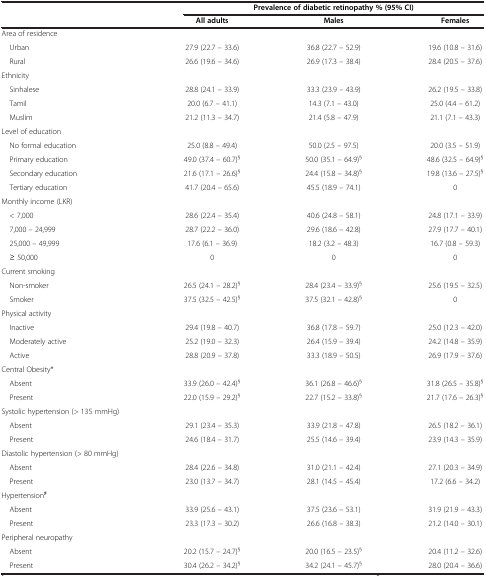
<table><thead><tr><td><b> </b></td><td colspan="3"><b>Prevalence of diabetic retinopathy % (95% CI)</b></td></tr><tr><td><b> </b></td><td><b>All adults</b></td><td><b>Males</b></td><td><b>Females</b></td></tr></thead><tbody><tr><td>Area of residence</td><td> </td><td> </td><td> </td></tr><tr><td> Urban</td><td>27.9 (22.7 – 33.6)</td><td>36.8 (22.7 – 52.9)</td><td>19.6 (10.8 – 31.6)</td></tr><tr><td> Rural</td><td>26.6 (19.6 – 34.6)</td><td>26.9 (17.3 – 38.4)</td><td>28.4 (20.5 – 37.6)</td></tr><tr><td>Ethnicity</td><td> </td><td> </td><td> </td></tr><tr><td> Sinhalese</td><td>28.8 (24.1 – 33.9)</td><td>33.3 (23.9 – 43.9)</td><td>26.2 (19.5 – 33.8)</td></tr><tr><td> Tamil</td><td>20.0 (6.7 – 41.1)</td><td>14.3 (7.1 – 43.0)</td><td>25.0 (4.4 – 61.2)</td></tr><tr><td> Muslim</td><td>21.2 (11.3 – 34.7)</td><td>21.4 (5.8 – 47.9)</td><td>21.1 (7.1 – 43.3)</td></tr><tr><td>Level of education</td><td> </td><td> </td><td> </td></tr><tr><td> No formal education</td><td>25.0 (8.8 – 49.4)</td><td>50.0 (2.5 – 97.5)</td><td>20.0 (3.5 – 51.9)</td></tr><tr><td> Primary education</td><td>49.0 (37.4 – 60.7)<sup>§</sup></td><td>50.0 (35.1 – 64.9)<sup>§</sup></td><td>48.6 (32.5 – 64.9)<sup>§</sup></td></tr><tr><td> Secondary education</td><td>21.6 (17.1 – 26.6)<sup>§</sup></td><td>24.4 (15.8 – 34.8)<sup>§</sup></td><td>19.8 (13.6 – 27.5)<sup>§</sup></td></tr><tr><td> Tertiary education</td><td>41.7 (20.4 – 65.6)</td><td>45.5 (18.9 – 74.1)</td><td>0</td></tr><tr><td>Monthly income (LKR)</td><td> </td><td> </td><td> </td></tr><tr><td> &lt; 7,000</td><td>28.6 (22.4 – 35.4)</td><td>40.6 (24.8 – 58.1)</td><td>24.8 (17.1 – 33.9)</td></tr><tr><td> 7,000 – 24,999</td><td>28.7 (22.2 – 36.0)</td><td>29.6 (18.6 – 42.8)</td><td>27.9 (17.7 – 40.1)</td></tr><tr><td> 25,000 – 49,999</td><td>17.6 (6.1 – 36.9)</td><td>18.2 (3.2 – 48.3)</td><td>16.7 (0.8 – 59.3)</td></tr><tr><td> ≥ 50,000</td><td>0</td><td>0</td><td>0</td></tr><tr><td>Current smoking</td><td> </td><td> </td><td> </td></tr><tr><td> Non-smoker</td><td>26.5 (24.1 – 28.2)<sup>§</sup></td><td>28.4 (23.4 – 33.9)<sup>§</sup></td><td>25.6 (19.5 – 32.5)</td></tr><tr><td> Smoker</td><td>37.5 (32.5 – 42.5)<sup>§</sup></td><td>37.5 (32.1 – 42.8)<sup>§</sup></td><td>0</td></tr><tr><td>Physical activity</td><td> </td><td> </td><td> </td></tr><tr><td> Inactive</td><td>29.4 (19.8 – 40.7)</td><td>36.8 (17.8 – 59.7)</td><td>25.0 (12.3 – 42.0)</td></tr><tr><td> Moderately active</td><td>25.2 (19.0 – 32.3)</td><td>26.4 (15.9 – 39.4)</td><td>24.2 (14.8 – 35.9)</td></tr><tr><td> Active</td><td>28.8 (20.9 – 37.8)</td><td>33.3 (18.9 – 50.5)</td><td>26.9 (17.9 – 37.6)</td></tr><tr><td>Central Obesity*</td><td> </td><td> </td><td> </td></tr><tr><td> Absent</td><td>33.9 (26.0 – 42.4)<sup>§</sup></td><td>36.1 (26.8 – 46.6)<sup>§</sup></td><td>31.8 (26.5 – 35.8)<sup>§</sup></td></tr><tr><td> Present</td><td>22.0 (15.9 – 29.2)<sup>§</sup></td><td>22.7 (15.2 – 33.8)<sup>§</sup></td><td>21.7 (17.6 – 26.3)<sup>§</sup></td></tr><tr><td>Systolic hypertension (&gt; 135 mmHg)</td><td> </td><td> </td><td> </td></tr><tr><td> Absent</td><td>29.1 (23.4 – 35.3)</td><td>33.9 (21.8 – 47.8)</td><td>26.5 (18.2 – 36.1)</td></tr><tr><td> Present</td><td>24.6 (18.4 – 31.7)</td><td>25.5 (14.6 – 39.4)</td><td>23.9 (14.3 – 35.9)</td></tr><tr><td>Diastolic hypertension (&gt; 80 mmHg)</td><td> </td><td> </td><td> </td></tr><tr><td> Absent</td><td>28.4 (22.6 – 34.8)</td><td>31.0 (21.1 – 42.4)</td><td>27.1 (20.3 – 34.9)</td></tr><tr><td> Present</td><td>23.0 (13.7 – 34.7)</td><td>28.1 (14.5 – 45.4)</td><td>17.2 (6.6 – 34.2)</td></tr><tr><td>Hypertension<sup>♯</sup></td><td> </td><td> </td><td> </td></tr><tr><td> Absent</td><td>33.9 (25.6 – 43.1)</td><td>37.5 (23.6 – 53.1)</td><td>31.9 (21.9 – 43.3)</td></tr><tr><td> Present</td><td>23.3 (17.3 – 30.2)</td><td>26.6 (16.8 – 38.3)</td><td>21.2 (14.0 – 30.1)</td></tr><tr><td>Peripheral neuropathy</td><td> </td><td> </td><td> </td></tr><tr><td> Absent</td><td>20.2 (15.7 – 24.7)<sup>§</sup></td><td>20.0 (16.5 – 23.5)<sup>§</sup></td><td>20.4 (11.2 – 32.6)</td></tr><tr><td> Present</td><td>30.4 (26.2 – 34.2)<sup>§</sup></td><td>34.2 (24.1 – 45.7)<sup>§</sup></td><td>28.0 (20.4 – 36.6)</td></tr></tbody></table>